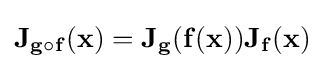
\mathbf {J} _{\mathbf {g} \circ \mathbf {f} }(\mathbf {x} )=\mathbf {J} _{\mathbf {g} }(\mathbf {f} (\mathbf {x} ))\mathbf {J} _{\mathbf {f} }(\mathbf {x} )